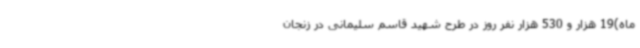
‌ماه)19 هزار و 530 هزار نفر روز در طرح شهید قاسم سلیمانی در زنجان